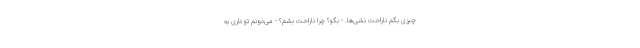
چیزی بگم ناراحت نشی­ها. - بگو؟ چرا ناراحت بشم؟ - می­دونم تو داری به